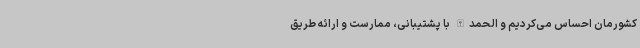
کشورمان احساس می‌کردیم و الحمدالله با پشتیبانی، ممارست و ارائه طریق